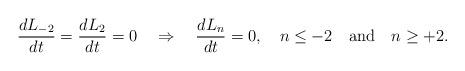
LaTeX: \begin{align*}\frac{dL_{-2}}{dt}=\frac{dL_{2}}{dt}=0 \quad \Rightarrow \quad\frac{dL_{n}}{dt}=0, \quad n\le -2 \quad \mbox{and} \quad n\ge +2.\end{align*}